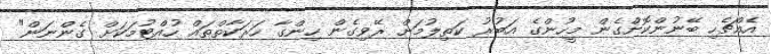
އެއްޗެހި ބޭނުންކޮށްގެން މީހުންގެ އަބުރު ކަތިލުމަށް ރޭވިގެން ހިންގާ ހަރަކާތްތައް ހުއްޓުމަކަށް ގެންނަން"